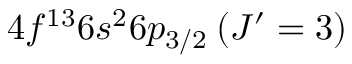
4 f ^ { 1 3 } 6 s ^ { 2 } 6 p _ { 3 / 2 } \: ( J ^ { \prime } = 3 )